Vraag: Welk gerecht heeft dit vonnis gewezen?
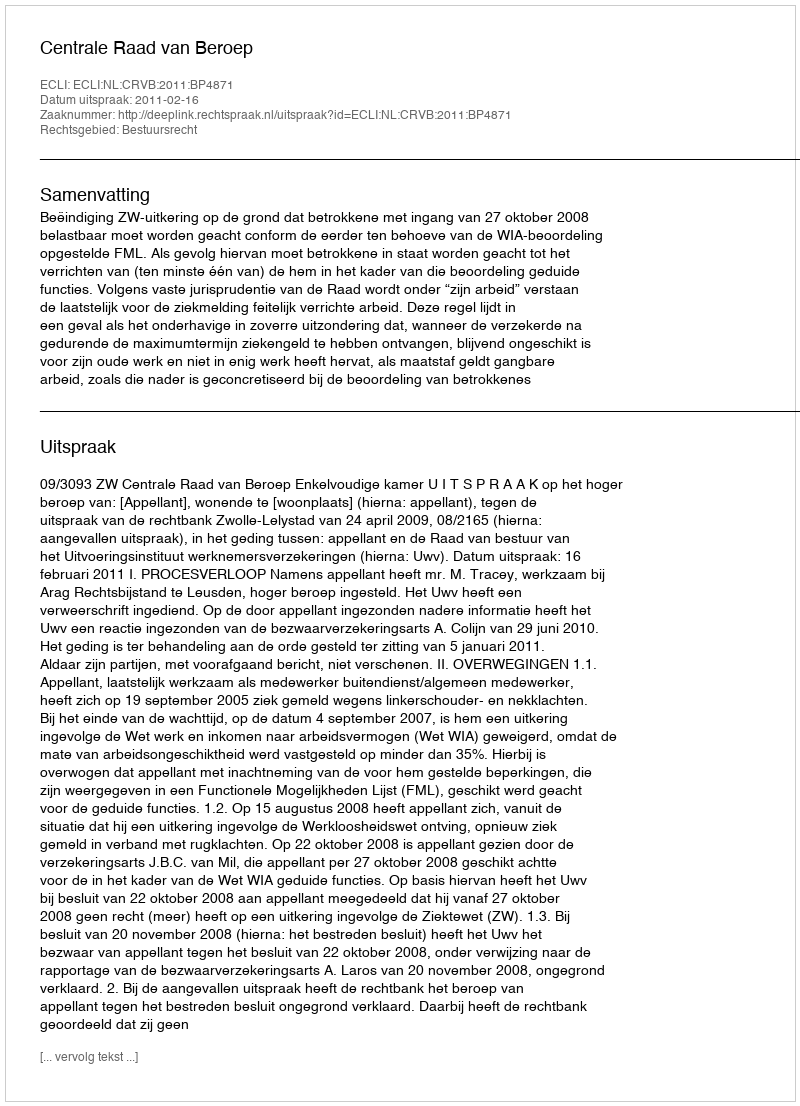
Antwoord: Centrale Raad van Beroep